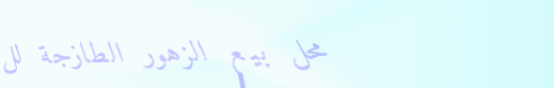
محل بيع الزهور الطازجة لل